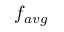
f _ { a v g }